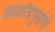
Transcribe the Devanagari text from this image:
ब्रह्मांडपुराणे